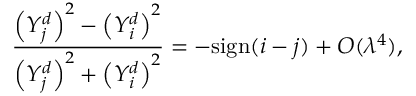
\frac { \left( Y _ { j } ^ { d } \right) ^ { 2 } - \left( Y _ { i } ^ { d } \right) ^ { 2 } } { \left( Y _ { j } ^ { d } \right) ^ { 2 } + \left( Y _ { i } ^ { d } \right) ^ { 2 } } = - \mathrm { s i g n } ( i - j ) + { \cal O } ( \lambda ^ { 4 } ) ,